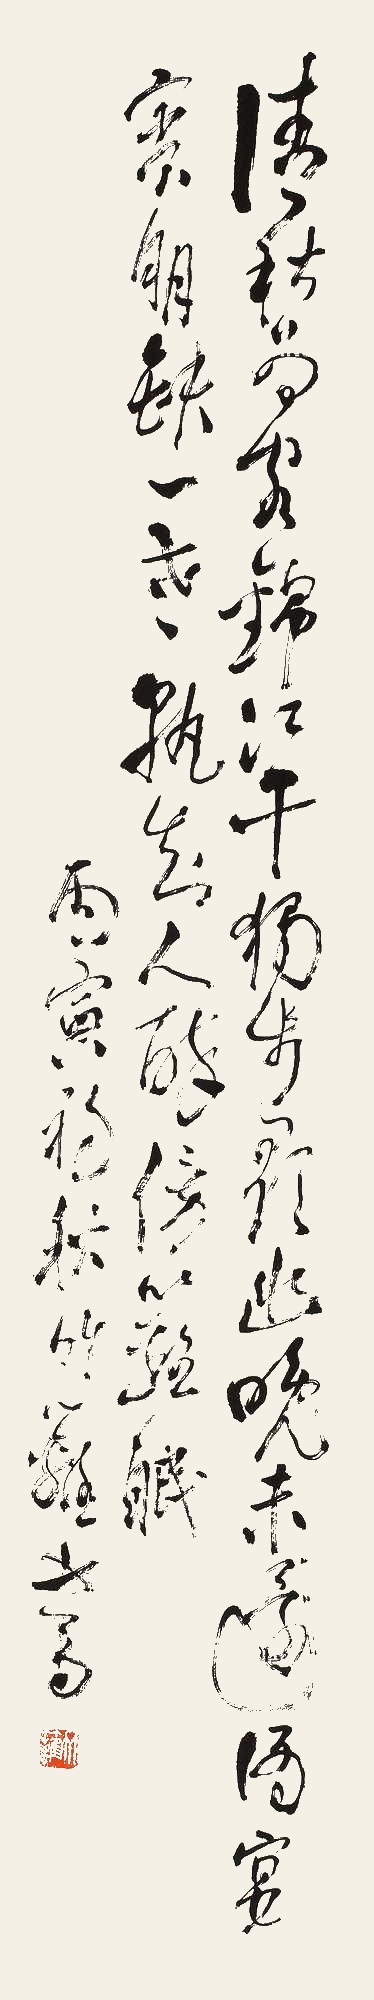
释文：清秋为客锦江干，独步寻幽晚未还。酒宴宾朋缺一盏，熟知人醉傍篱眠。丙寅（1986年）初秋，竹篱书。